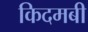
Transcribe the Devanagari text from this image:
किदमबी